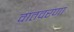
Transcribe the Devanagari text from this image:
वातवरणा